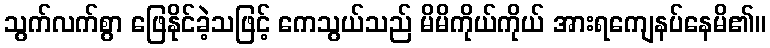
သွက်လက်စွာ ဖြေနိုင်ခဲ့သဖြင့် ကေသွယ်သည် မိမိကိုယ်ကိုယ် အားရကျေနပ်နေမိ၏။